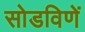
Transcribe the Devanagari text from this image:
सोडविणें